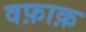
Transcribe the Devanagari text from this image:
वफ़ाक़